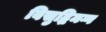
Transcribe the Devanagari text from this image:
बिसुद्धिमग्ग